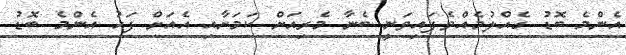
އެންމެ ބޮޑު ގެއްލުމެއްވެފައިވަނީ ބެނާ މެރިއަށް ކަމަށާއި އެއަށް ފަހު އެންމެ ބޮޑު